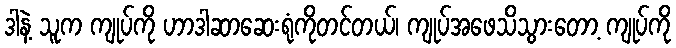
ဒါနဲ့ သူက ကျုပ်ကို ဟာဒါဆာဆေးရုံကိုတင်တယ်၊ ကျုပ်အဖေသိသွားတော့ ကျုပ်ကို